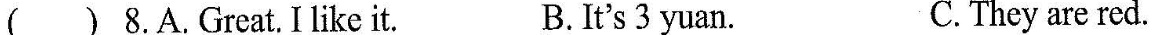
( ) 8.A.Great.I like it. B.It's 3 yuan. C. They are red.